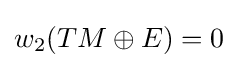
w_{2}(TM\oplus E)=0